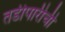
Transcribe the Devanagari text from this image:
तडीपारीची